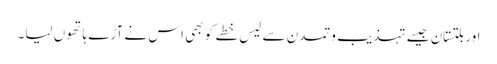
اور بلتستان جیسے تہذیب و تمدن سے لیس خطے کو بھی اس نے آڑے ہاتھوں لیا۔